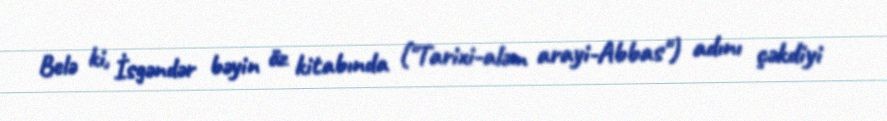
Belə ki, İsgəndər bəyin öz kitabında ("Tarixi-aləm arayi-Abbas") adını çəkdiyi